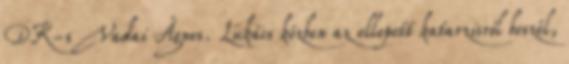
DK-s Vadai Ágnes. Lukács közben az ellopott katarzisról beszél,